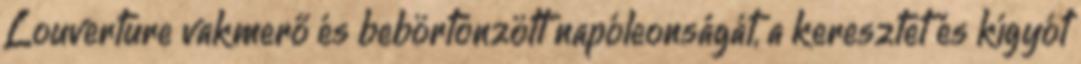
Louverture vakmerő és bebörtönzött napóleonságát, a keresztet és kígyót